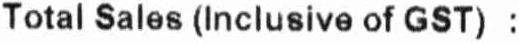
TOTAL SALES (INCLUSIVE OF GST) :